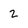
Character: 2